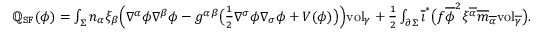
\begin{array} { r } { \mathbb { Q } _ { \mathtt { S F } } ( \phi ) = \int _ { \Sigma } n _ { \alpha } \xi _ { \beta } \Big ( \nabla ^ { \alpha } \phi \nabla ^ { \beta } \phi - g ^ { \alpha \beta } \big ( \frac { 1 } { 2 } \nabla ^ { \sigma } \phi \nabla _ { \sigma } \phi + V ( \phi ) \big ) \Big ) \mathrm { v o l } _ { \gamma } + \frac { 1 } { 2 } \int _ { \partial \Sigma } \overline { { \imath } } ^ { * } \big ( f \overline { { \phi } } ^ { 2 } \xi ^ { \overline { { \alpha } } } \overline { { m } } _ { \overline { { \alpha } } } \mathrm { v o l } _ { \overline { { \gamma } } } \big ) . } \end{array}